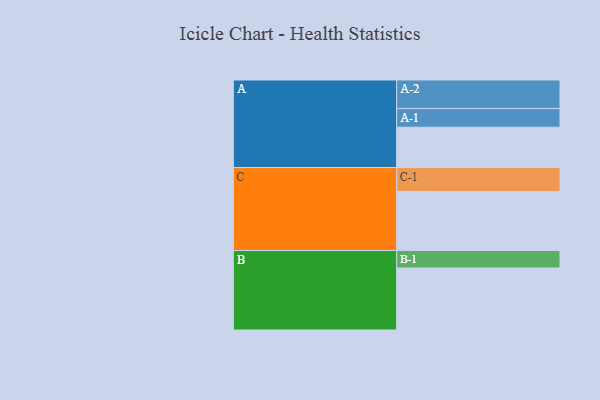
{"axis": {"x": "Segment", "y": "Value"}, "legend": ["", "A", "B", "C"], "data": [{"x": "A", "y": 330, "type": ""}, {"x": "B", "y": 507, "type": ""}, {"x": "C", "y": 483, "type": ""}, {"x": "A-1", "y": 153, "type": "A"}, {"x": "A-2", "y": 233, "type": "A"}, {"x": "B-1", "y": 143, "type": "B"}, {"x": "C-1", "y": 195, "type": "C"}]}